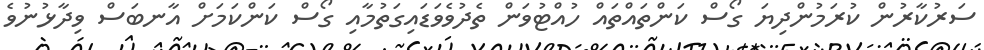
ސަރުކާރުން ކުރަމުންދިޔަ ގޯސް ކަންތައްތައް ހުއްޓުވަން ތެދުވެވަޑައިގަތުމާއި ގޯސް ކަންކަމަށް އާނބަސް ވިދާޅުނުވެ